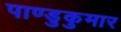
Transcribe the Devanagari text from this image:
पाण्डुकुमार